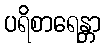
ပရိစာရေန္တာ